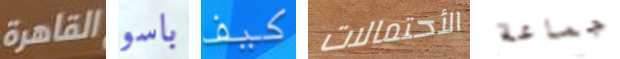
القاهرة باسو كيف الأحتمالات جماعة